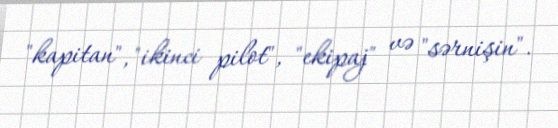
"kapitan", "ikinci pilot", "ekipaj" və "sərnişin".